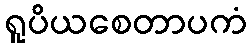
ရူပိယစေတာပကံ